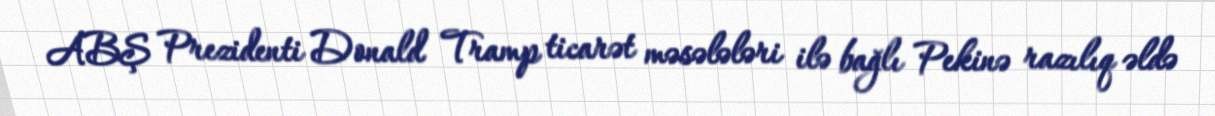
ABŞ Prezidenti Donald Tramp ticarət məsələləri ilə bağlı Pekinə razılıq əldə